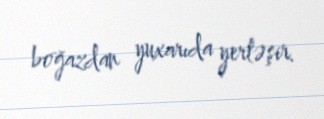
boğazdan yuxarıda yerləşir.